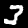
Label: 3